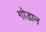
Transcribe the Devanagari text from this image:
गोडान